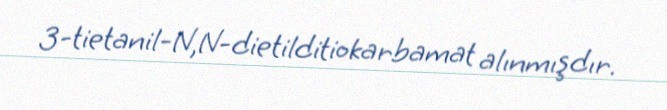
3-tietanil-N,N-dietilditiokarbamat alınmışdır.